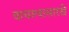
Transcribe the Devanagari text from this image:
वाचल्यासारखे